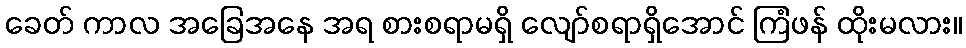
ခေတ် ကာလ အခြေအနေ အရ စားစရာမရှိ လျော်စရာရှိအောင် ကြံဖန် ထိုးမလား။